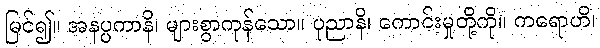
မြင်၍။ အနပ္ပကာနိ၊ များစွာကုန်သော။ ပုညာနိ၊ ကောင်းမှုတို့ကို။ ကရောဟိ၊